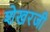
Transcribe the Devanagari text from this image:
शेखरजी